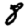
Digit: 8